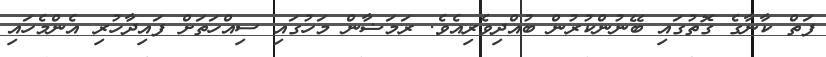
ފަތް ކާނާގެ ގޮތުގައި ބޭނުންކުރުން ބުއްދިވެރިއެވެ. ރަމަޟާން މަހުގައި ސިއްހަތަށް ފައިދާހުރި އެންމެހައި